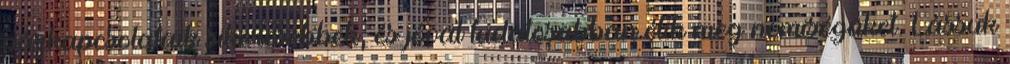
párkapcsolataik sikeresebbek, és jóval tudatosabban élik meg nemiségüket. Lássuk